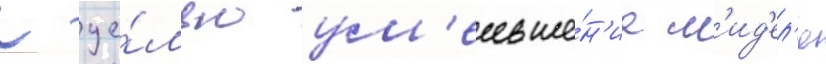
С це́лью ум'еньше́н'иа м'ид'ел'я